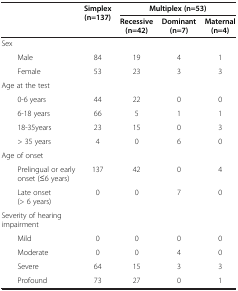
| <ROWSPAN=2>  | <ROWSPAN=2> Simplex (n=137) | <COLSPAN=3> Multiplex (n=53) |
 | Recessive (n=42) | Dominant (n=7) | Maternal (n=4) |
 | --- | --- | --- | --- | --- |
 | Sex |  |  |  |  |
 | Male | 84 | 19 | 4 | 1 |
 | Female | 53 | 23 | 3 | 3 |
 | Age at the test |  |  |  |  |
 | 0-6 years | 44 | 22 | 0 | 0 |
 | 6-18 years | 66 | 5 | 1 | 1 |
 | 18-35years | 23 | 15 | 0 | 3 |
 | > 35 years | 4 | 0 | 6 | 0 |
 | Age of onset |  |  |  |  |
 | Prelingual or early onset (≤6 years) | 137 | 42 | 0 | 4 |
 | Late onset (> 6 years) | 0 | 0 | 7 | 0 |
 | Severity of hearing impairment |  |  |  |  |
 | Mild | 0 | 0 | 0 | 0 |
 | Moderate | 0 | 0 | 4 | 0 |
 | Severe | 64 | 15 | 3 | 3 |
 | Profound | 73 | 27 | 0 | 1 |